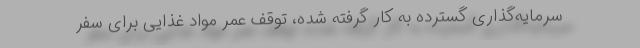
سرمایه‌گذاری گسترده به کار گرفته شده، توقف عمر مواد غذایی برای سفر